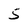
Character: 5